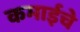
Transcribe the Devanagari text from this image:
कमाईचे